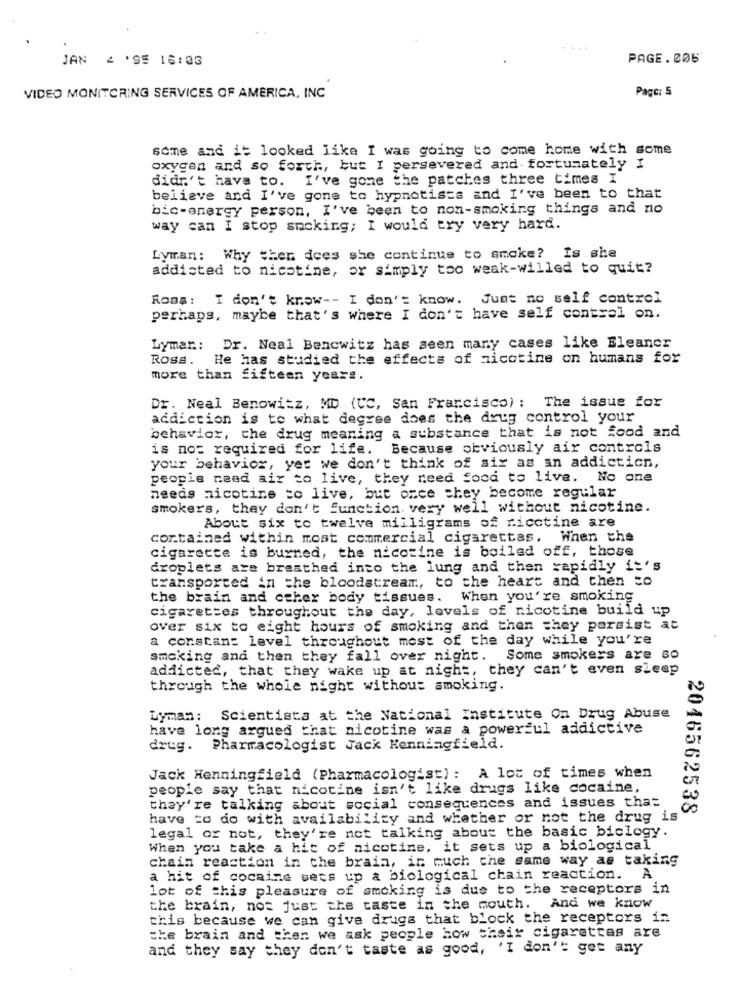
JAN 2 '95 16:03
PAGE. 506
Page: 5
VIDEO MONITORING SERVICES OF AMERICA, INC
some and it looked like I was going to come home with some
oxygen and so forth, but I persevered and fortunately I
didn't have to. I've gone the patches three times I
believe and I've gone to hypnotists and I've been to that
bic-energy person, I've been to non-smoking things and no
way can I stop smoking; I would try very hard.
Lyman: Why ther does she continue to smoke? Is she
addicted to nicotine, or simply too weak-willed to quit?
Ross: I don't know -- I don't know. Just no self control
perhaps, maybe that's where I don't have self control on.
Lyman: Dr. Neal Bencwitz has seen many cases like Eleanor
Ross. He has studied the effects of nicotine on humans for
more than fifteen years.
Dr. Neal Benowitz, MD (CC, San Francisco) : The issue for
addiction is to what degree does the drug control your
behavior, che drug meaning a substance that is not food and
is not required for life. Because obviously air controls
your behavior, yet we don't think of air as an addicticn,
people need air to live, they need food to live. No one
needs nicotine to live, but once they become regular
smokers, they don't function. very well without nicotine.
About six to twelve milligrams of ricctine are
contained within most commercial cigarettes. When the
cigarette is burned, the nicotine is boiled off, those
droplets are breathed into the lung and then rapidly it's
transported in the bloodstream, to the heart and then to
the brain and other body tissues.
When you're smoking
cigarettes throughout the day, levels of nicotine build up
over six to eight hours of smoking and then they persist at
a constant level throughout most of the day while you're
smoking and then they fall over night.
Some smokers are so
addicted, that they wake up at night, they can't even sleep
through the whole night without smoking.
Lyman: Scientists at the National Institute On Drug Abuse
have long argued that nicotine was a powerful addictive
drug. Pharmacologist Jack Henningfield.
Jack Henningfield (Pharmacologist) : A lot of times when
people say that nicotine isn't like drugs like cocaine,
they're talking about social consequences and issues that
2046562538
have to do with availability and whether or not the drug is
legal or not, they're not talking about the basic biclogy.
When you take a hit of nicotine, it sets up a biological
chain reaction in the brain, in much che same way ae taking
a hit of cocaine sets up a biological chain reaction. A
lot of this pleasure of smoking is due to the receptors in
the brain, not just the taste in the mouth. And we know
this because we can give drugs that block the receptors in
the brain and then we ask people how their cigarettes are
and they say they don't taste as good, 'I don't get any